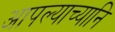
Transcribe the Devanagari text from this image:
आपल्याच्यानि